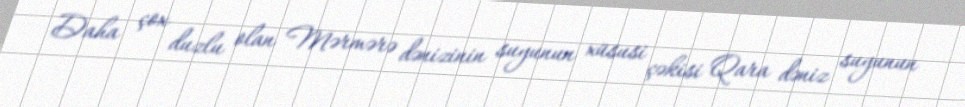
Daha çox duzlu olan Mərmərə dənizinin suyunun xüsusi çəkisi Qara dəniz suyunun